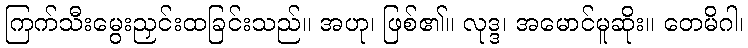
ကြက်သီးမွေးညှင်းထခြင်းသည်။ အဟု၊ ဖြစ်၏။ လုဒ္ဒ၊ အမောင်မူဆိုး။ တေမိဂါ၊